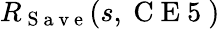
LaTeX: R_{\mathrm{~S~a~v~e~}}(s,\mathrm{~C~E~5~})